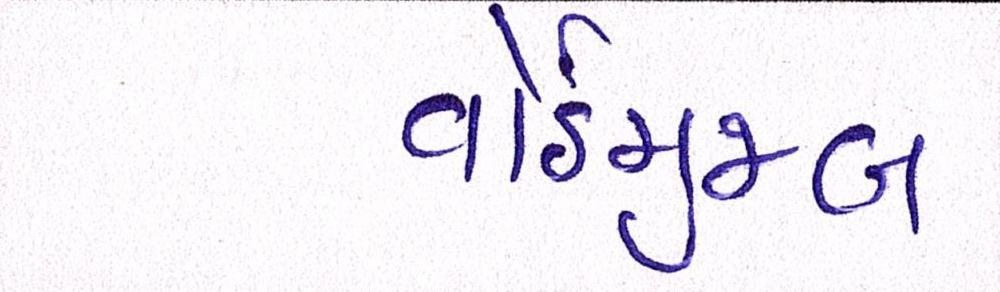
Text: વોર્ડમુજબ